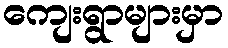
ကျေးရွာများမှာ